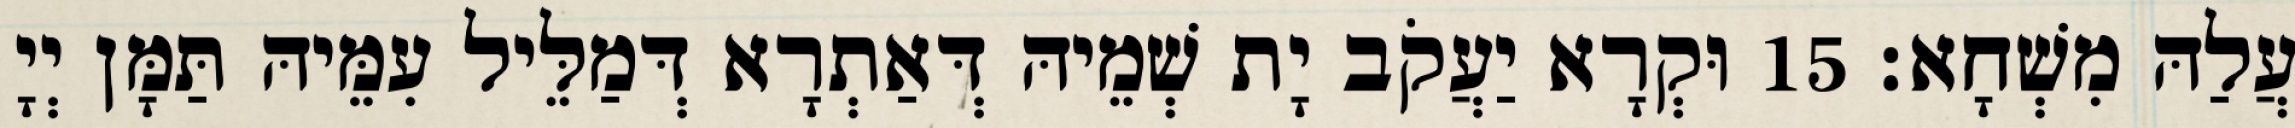
עֲלַהּ מִשְׁחָא׃ 15 וּקְרָא יַעֲקֹב יָת שְׁמֵיהּ דְּאַתְרָא דְּמַלֵּיל עִמֵּיהּ תַּמָּן יְיָ